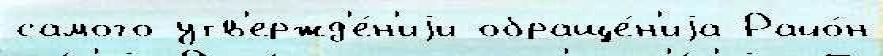
самого утв'ержд'е́н'иjи обраще́н'иjа Райо́н